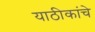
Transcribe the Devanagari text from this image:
याठीकांचे